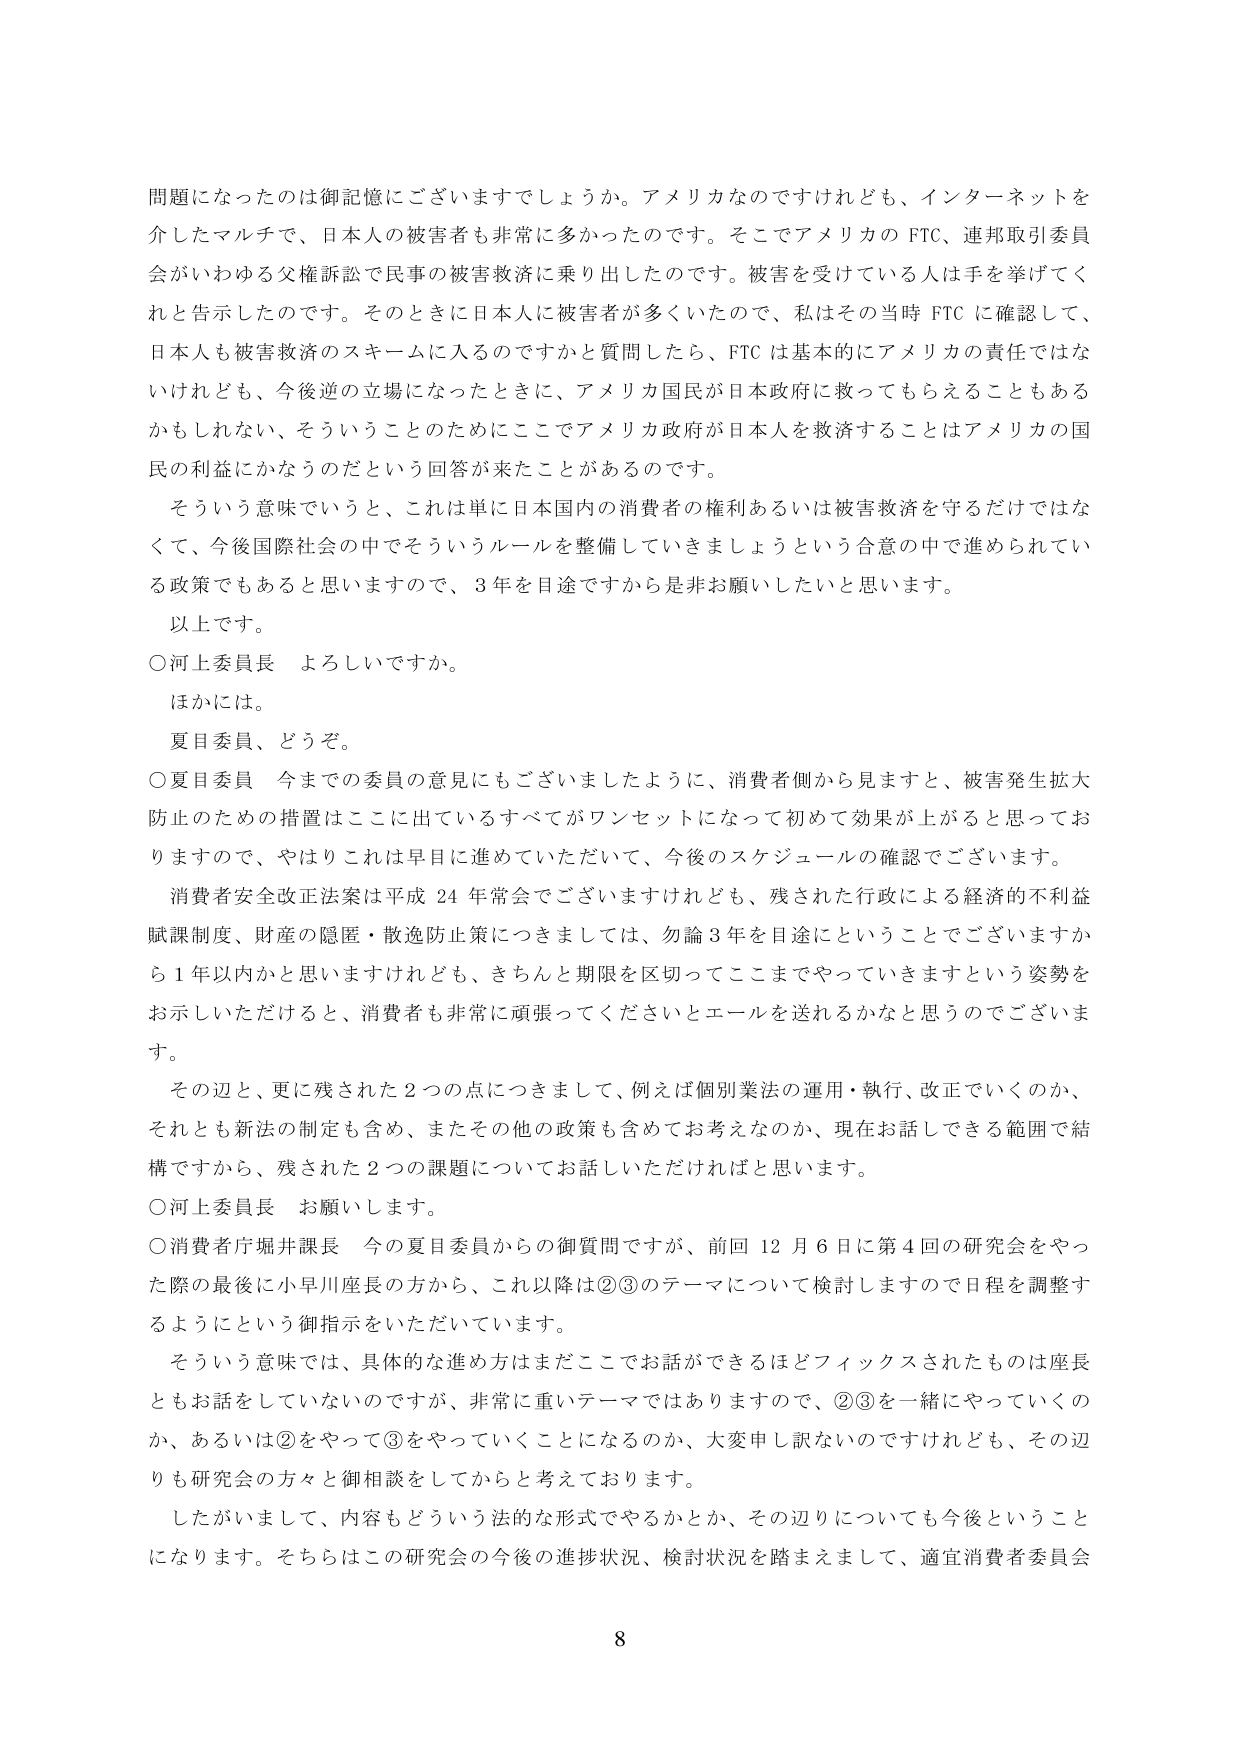
問題になったのは御記憶にございますでしょうか。アメリカなのですけれども、インターネットを介したマルチで、日本人の被害者も非常に多かったのです。そこでアメリカの FTC、連邦取引委員会がいわゆる父権訴訟で民事の被害救済に乗り出したのです。被害を受けている人は手を挙げてくれと告示したのです。そのときに日本人に被害者が多かったので、私はその当時 FTC に確認して、日本人も被害救済のスキームに入るのですかと質問したら、FTC は基本的にアメリカの責任ではないけれども、今後逆の立場になったときに、アメリカ国民が日本政府に救ってもらえることもあるかもしれない、そういうことのためにここでアメリカ政府が日本人を救済することはアメリカの国民の利益にかなうのだという回答が来たことがあるのです。

そういう意味でいうと、これは単に日本国内の消費者の権利あるいは被害救済を守るだけではなくて、今後国際社会の中でそういうルールを整備していきましょうという合意の中で進められている政策でもあると思いますので、3 年を目途ですから是非お願いしたいと思います。

以上です。

○河上委員長 よろしいですか。

ほかには。

夏目委員、どうぞ。

○夏目委員 今までの委員の意見にもございましたように、消費者側から見ますと、被害発生拡大防止のための措置はここに出ているすべてがワンセットになって初めて効果が上がると思っておりますので、やはりこれは早目に進めていただいて、今後のスケジュールの確認でございます。

消費者安全改正法案は平成 24 年常会でございますけれども、残された行政による経済的不利益賦課制度、財産の隠匿・散逸防止策につきましては、勿論 3 年を目途にということでございますから 1 年以内かと思いますけれども、きちんと期限を区切ってここまでやっていきますという姿勢をお示しいただけると、消費者も非常に頑張ってくださいとエールを送れるかなと思うのでございます。

その辺と、更に残された 2 つの点につきまして、例えば個別業法の運用・執行、改正でいくのか、それとも新法の制定も含め、またその他の政策も含めてお考えなのか、現在お話しができる範囲で結構ですから、残された 2 つの課題についてお話しいただければと思います。

○河上委員長 お願いします。

○消費者庁堀井課長 今の夏目委員からの御質問ですが、前回 12 月 6 日に第 4 回の研究会をやった際の最後に小早川座長の方から、これ以降は②③のテーマについて検討しますので日程を調整するようにという御指示をいただいています。

そういう意味では、具体的な進め方はまだここでお話ができるほどフィックスされたものは座長ともお話をしていないのですが、非常に重いテーマではありますので、②③を一緒にやっていくのか、あるいは②をやって③をやっていくことになるのか、大変申し訳ないのですけれども、その辺りも研究会の方々と御相談をしてからと考えております。

したがいまして、内容もどういう法的な形式でやるかとか、その辺りについても今後ということになります。そちらはこの研究会の今後の進捗状況、検討状況を踏まえまして、適宜消費者委員会

8